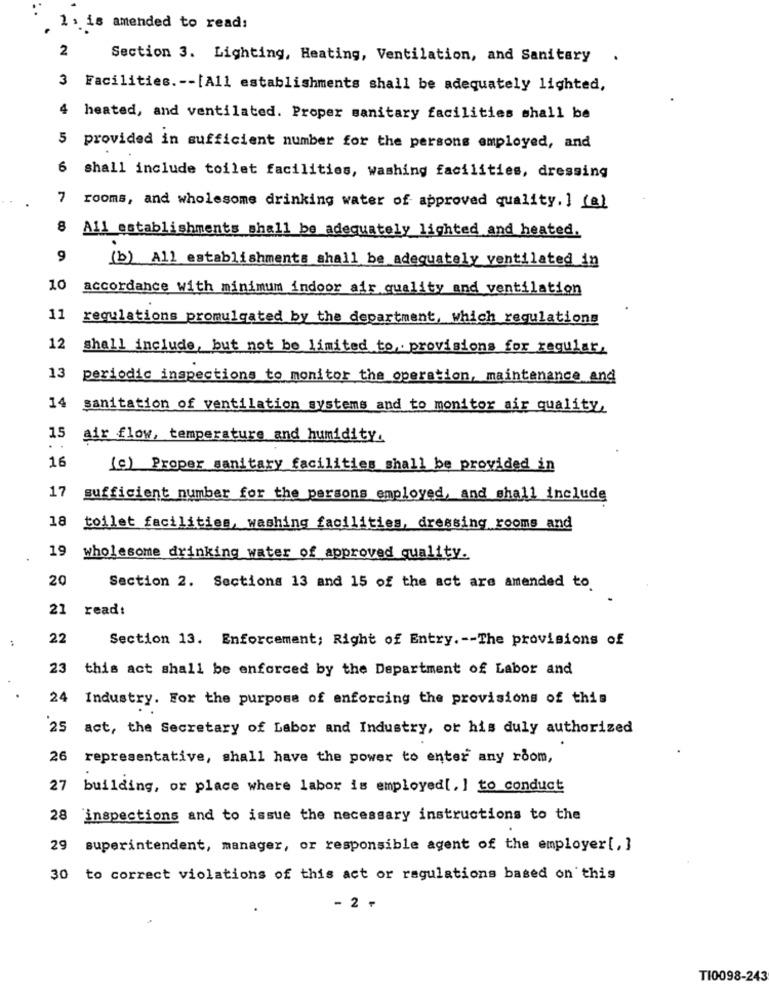
1 , is amended to read:
2
Section 3. Lighting, Heating, Ventilation, and Sanitary
.
3 Facilities .-- [All establishments shall be adequately lighted,
4 heated, and ventilated. Proper sanitary facilities shall be
provided in sufficient number for the persons employed, and
6
shall include toilet facilities, washing facilities, dressing
7 rooms, and wholesome drinking water of approved quality. ] (a)
8
All establishments shall be adequately lighted and heated.
9
(b) All establishments shall be adequately ventilated in
10
accordance with minimum indoor air quality and ventilation
11
regulations promulgated by the department, which regulations
12
shall include, but not be limited to, provisions for regular,
13
periodic inspections to monitor the operation, maintenance and
14
sanitation of ventilation systems and to monitor air quality,
15
air flow, temperature and humidity.
16
(c) Proper sanitary facilities shall be provided in
17
sufficient number for the persons employed, and shall include
18
toilet facilities, washing facilities, dressing rooms and
19
wholesome drinking water of approved quality.
20
Section 2. Sections 13 and 15 of the act are amended to
21
read:
:
22
Section 13. Enforcement; Right of Entry .-- The provisions of
23
this act shall be enforced by the Department of Labor and
24 Industry. For the purpose of enforcing the provisions of this
25
act, the Secretary of Labor and Industry, or his duly authorized
26
representative, shall have the power to enter any room,
27
building, or place where labor is employed[, ] to conduct
28
inspections and to issue the necessary instructions to the
29 superintendent, manager, or responsible agent of the employer[, ]
30 to correct violations of this act or regulations based on this
- 2 +
TI0098-243